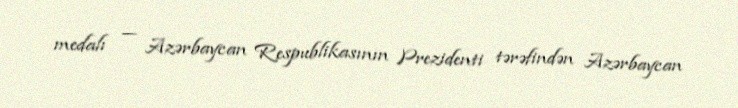
medalı — Azərbaycan Respublikasının Prezidenti tərəfindən Azərbaycan